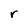
Character: r